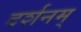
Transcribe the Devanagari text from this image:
दर्शनम्‌